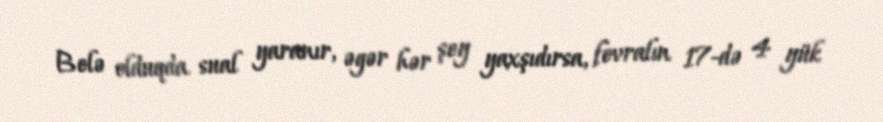
Belə olduqda sual yaranır, əgər hər şey yaxşıdırsa, fevralın 17-də 4 yük